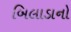
બિલાડાનો